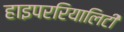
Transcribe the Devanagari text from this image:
हाइपररियालिटी